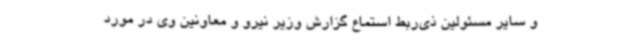
و سایر مسئولین ذی‌ربط استماع گزارش وزیر نیرو و معاونین وی در مورد